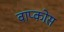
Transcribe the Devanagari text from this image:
वाप्कोस